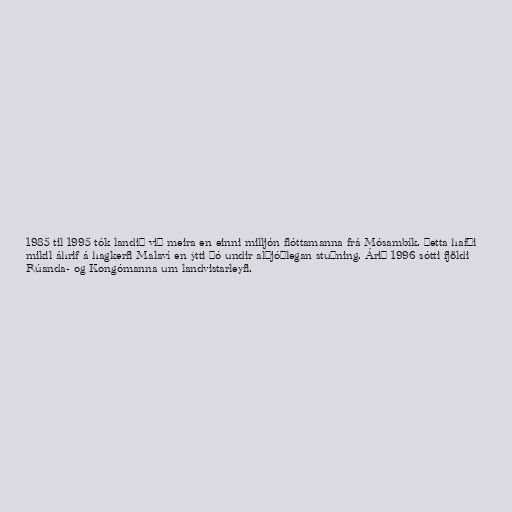
1985 til 1995 tók landið við meira en einni milljón flóttamanna frá Mósambík. Þetta hafði
mikil áhrif á hagkerfi Malaví en ýtti þó undir alþjóðlegan stuðning. Árið 1996 sótti fjöldi
Rúanda- og Kongómanna um landvistarleyfi.